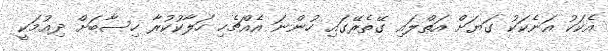
އެކަކު އަނެކަކު ގަޔަށް އަތްލައި ގޭތެރޭގައި ހުންނަ އެއްޗެހި ހަލާކުކުރާ ހިސާބަށް ދިއުމަކީ